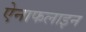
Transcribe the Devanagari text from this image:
ऐनाफलाइन